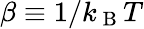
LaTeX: \beta\equiv 1/k_{\mathrm{~B~}}T